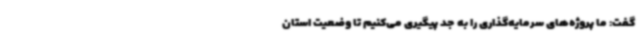
گفت: ما پروژه‌های سرمایه‌گذاری را به جد پیگیری می‌کنیم تا وضعیت استان